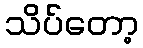
သိပ်တော့